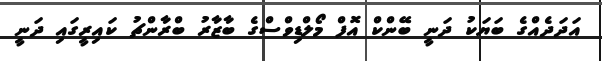
އަދަދެއްގެ ބަޔަކު ދަނީ ބޭންކް އޮފް މޯލްޑިވްސްގެ ބާޒާރު ބްރާންޗު ކައިރީގައި ދަނީ